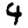
Digit: 4